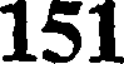
151